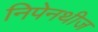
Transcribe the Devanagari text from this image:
निपेनथीज